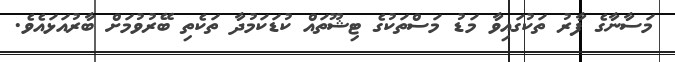
މަސާނާގެ ފާރު ތަކުގައިވާ މަޑު މަސްތަކުގެ ޓިޝޫތައް ކުޑަކަމުދާ ތަކެތި ބޭރުވުމަށް ބާރުއަޅައެވެ.